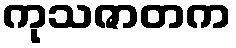
ကုသဇာတက